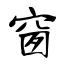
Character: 窗